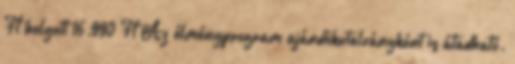
Ft helyett 16.990 Ft Az élményprogram ajándékutalványként is átadható.